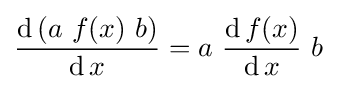
{\frac {\operatorname {d} \left(a\ f(x)\ b\right)}{\operatorname {d} x}}=a\ {\frac {\operatorname {d} f(x)}{\operatorname {d} x}}\ b